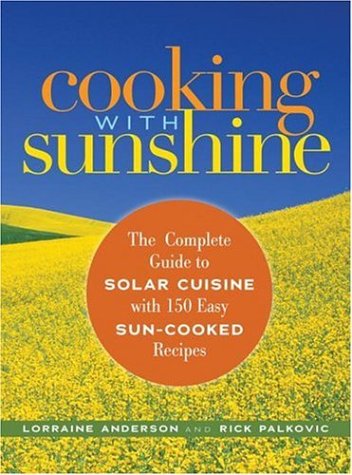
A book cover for Cooking with Sunshine: The Complete Guide to Solar Cuisine with 150 Easy Sun-Cooked Recipes; Lorraine Anderson; Cookbooks, Food & Wine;